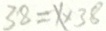
3 8 = x \times 3 8